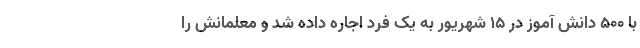
با 500 دانش آموز در 15 شهریور به یک فرد اجاره داده شد و معلمانش را